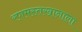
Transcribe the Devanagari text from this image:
रणमस्तखानाला